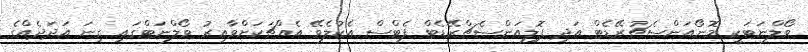
ވޯލްނަޓަކީ މޮނޯއަންސެޗުރޭޑެޓް އަދި ޕޮލިއަންސެޗްރޭޑެޓް ފެޓްސް އެކުލެވޭ އެއްޗަކަށްވާއިރު ވޯލްނަޓްގައި ގިނަ އަދަދެއްގެ